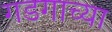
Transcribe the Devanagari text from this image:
गडगाच्या